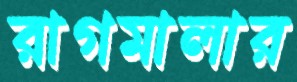
রাগমালার